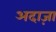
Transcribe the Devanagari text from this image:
अदाज़ा